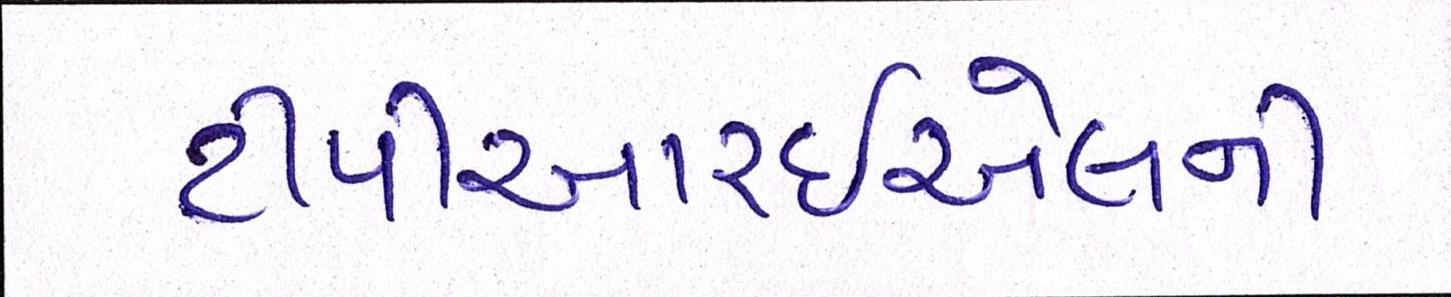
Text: ટીપીઆરઇએલની